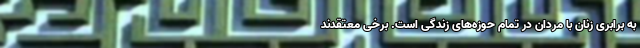
به برابری زنان با مردان در تمام حوزه‌های زندگی است. برخی معتقدند